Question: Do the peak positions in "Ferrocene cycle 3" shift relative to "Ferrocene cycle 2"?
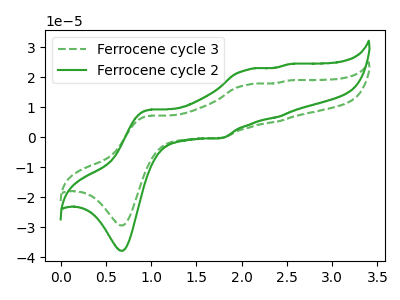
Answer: <think>The green dashed curve "Ferrocene cycle 3" has anodic peaks at (1.00V, 7.10uA) (2.05V, 17.45uA) (2.40V, 5.15uA) (2.50V, 18.85uA) and cathodic peaks at (0.70V, -29.40uA) (1.80V, -0.25uA). The green curve "Ferrocene cycle 2" has anodic peaks at (1.00V, 9.15uA) (2.05V, 22.45uA) (2.40V, 6.65uA) (2.50V, 24.30uA) and cathodic peaks at (0.70V, -37.85uA) (1.80V, -0.35uA).
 All the peaks in "Ferrocene cycle 3" have a peak in "Ferrocene cycle 2" at the same potential. Every peak in "Ferrocene cycle 3" is lower than every peak in "Ferrocene cycle 2".</think>
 <answer>No, "Ferrocene cycle 3" and "Ferrocene cycle 2" don't appear to be significantly different in shape</answer>
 <eval>no_change</eval>